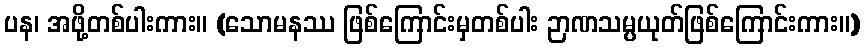
ပန၊ အဖို့တစ်ပါးကား။ (သောမနဿ ဖြစ်ကြောင်းမှတစ်ပါး ဉာဏသမ္ပယုတ်ဖြစ်ကြောင်းကား။)